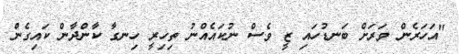
"އަހަރެން ވަރަށް ބަނޑުހައި ޒީ ވެސް ނުކައެއްނު ތިހިރީ ހިނގާ ކާންދާން ކައިގެން